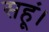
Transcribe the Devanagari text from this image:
सहूं।